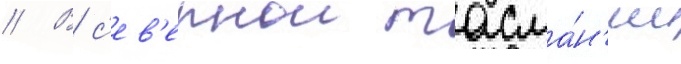
// В с'ев'ернои тасма́н'ии